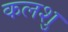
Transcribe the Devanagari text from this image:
कलशु